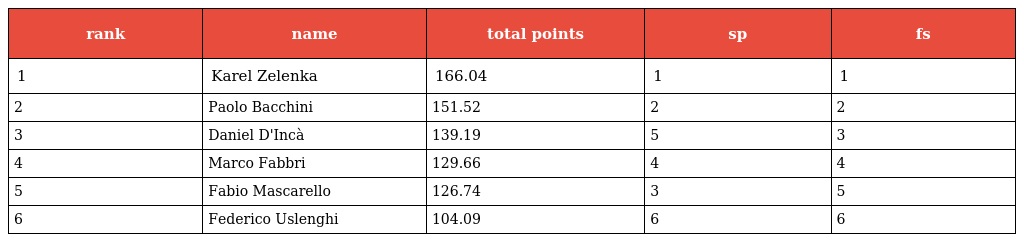
| rank | name | total points | sp | fs |
 | --- | --- | --- | --- | --- |
 | 1 | Karel Zelenka | 166.04 | 1 | 1 |
 | 2 | Paolo Bacchini | 151.52 | 2 | 2 |
 | 3 | Daniel D'Incà | 139.19 | 5 | 3 |
 | 4 | Marco Fabbri | 129.66 | 4 | 4 |
 | 5 | Fabio Mascarello | 126.74 | 3 | 5 |
 | 6 | Federico Uslenghi | 104.09 | 6 | 6 |